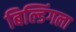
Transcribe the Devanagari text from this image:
बिल्डिंगला